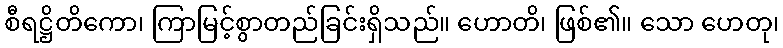
စီရဋ္ဌိတိကော၊ ကြာမြင့်စွာတည်ခြင်းရှိသည်။ ဟောတိ၊ ဖြစ်၏။ သော ဟေတု၊